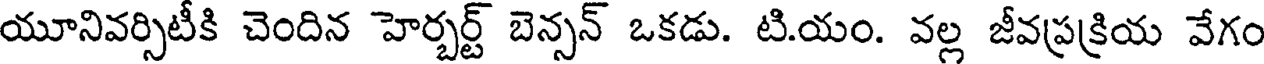
యూనివర్సిటీకి చెందిన హెర్బర్ట్ బెన్సన్ ఒకడు. టి.యం. వల్ల జీవప్రక్రియ వేగం